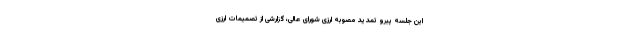
این جلسه پیرو تمدید مصوبه ارزی شورای عالی، گزارشی از تصمیمات ارزی